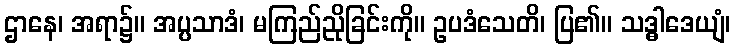
ဌာနေ၊ အရာ၌။ အပ္ပသာဒံ၊ မကြည်ညိုခြင်းကို။ ဥပဒံသေတိ၊ ပြ၏။ သဒ္ဓါဒေယျံ၊